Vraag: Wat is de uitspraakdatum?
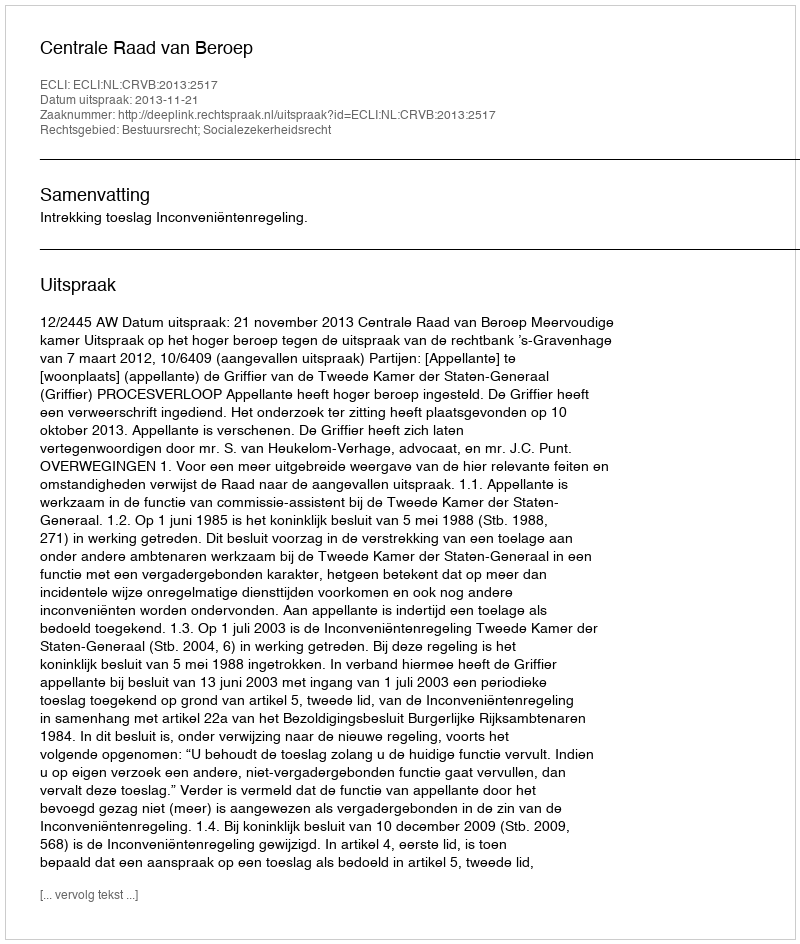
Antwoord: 2013-11-21